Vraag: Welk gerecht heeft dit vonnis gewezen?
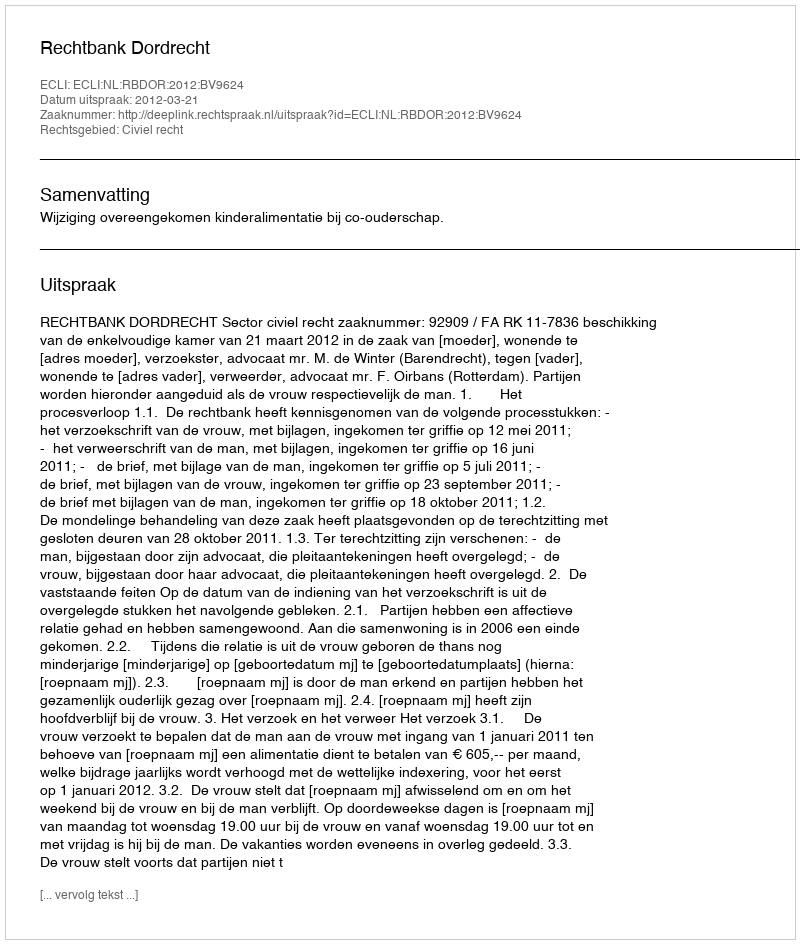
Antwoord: Rechtbank Dordrecht